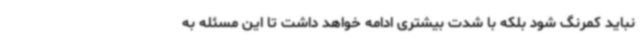
نباید کمرنگ شود بلکه با شدت بیشتری ادامه خواهد داشت تا این مسئله به